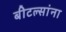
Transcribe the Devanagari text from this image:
बीटल्सांना